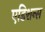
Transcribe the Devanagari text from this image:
एडिशन्स